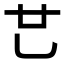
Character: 𠃟